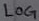
Text: LOG